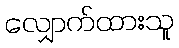
လျှောက်ထားသူ